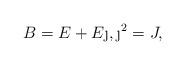
LaTeX: \begin{align*}B= E+E\j, \j^2= J,\end{align*}